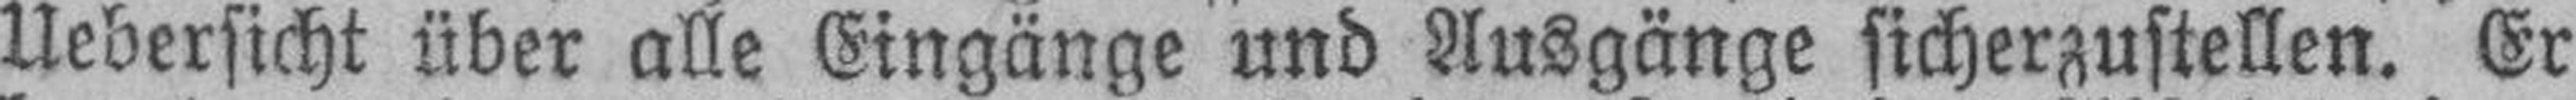
Uebersicht über alle Eingänge und Ausgänge sicherzustellen. Er